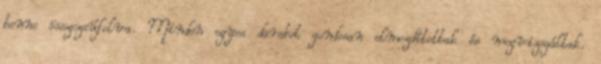
benne összezsúfolva. Minden egyes darabot gondosan elmozdítottak és megvizsgáltak.